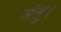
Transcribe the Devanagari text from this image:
जंतु।